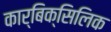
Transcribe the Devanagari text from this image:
कार्बिक्सिलिक